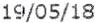
19/05/18